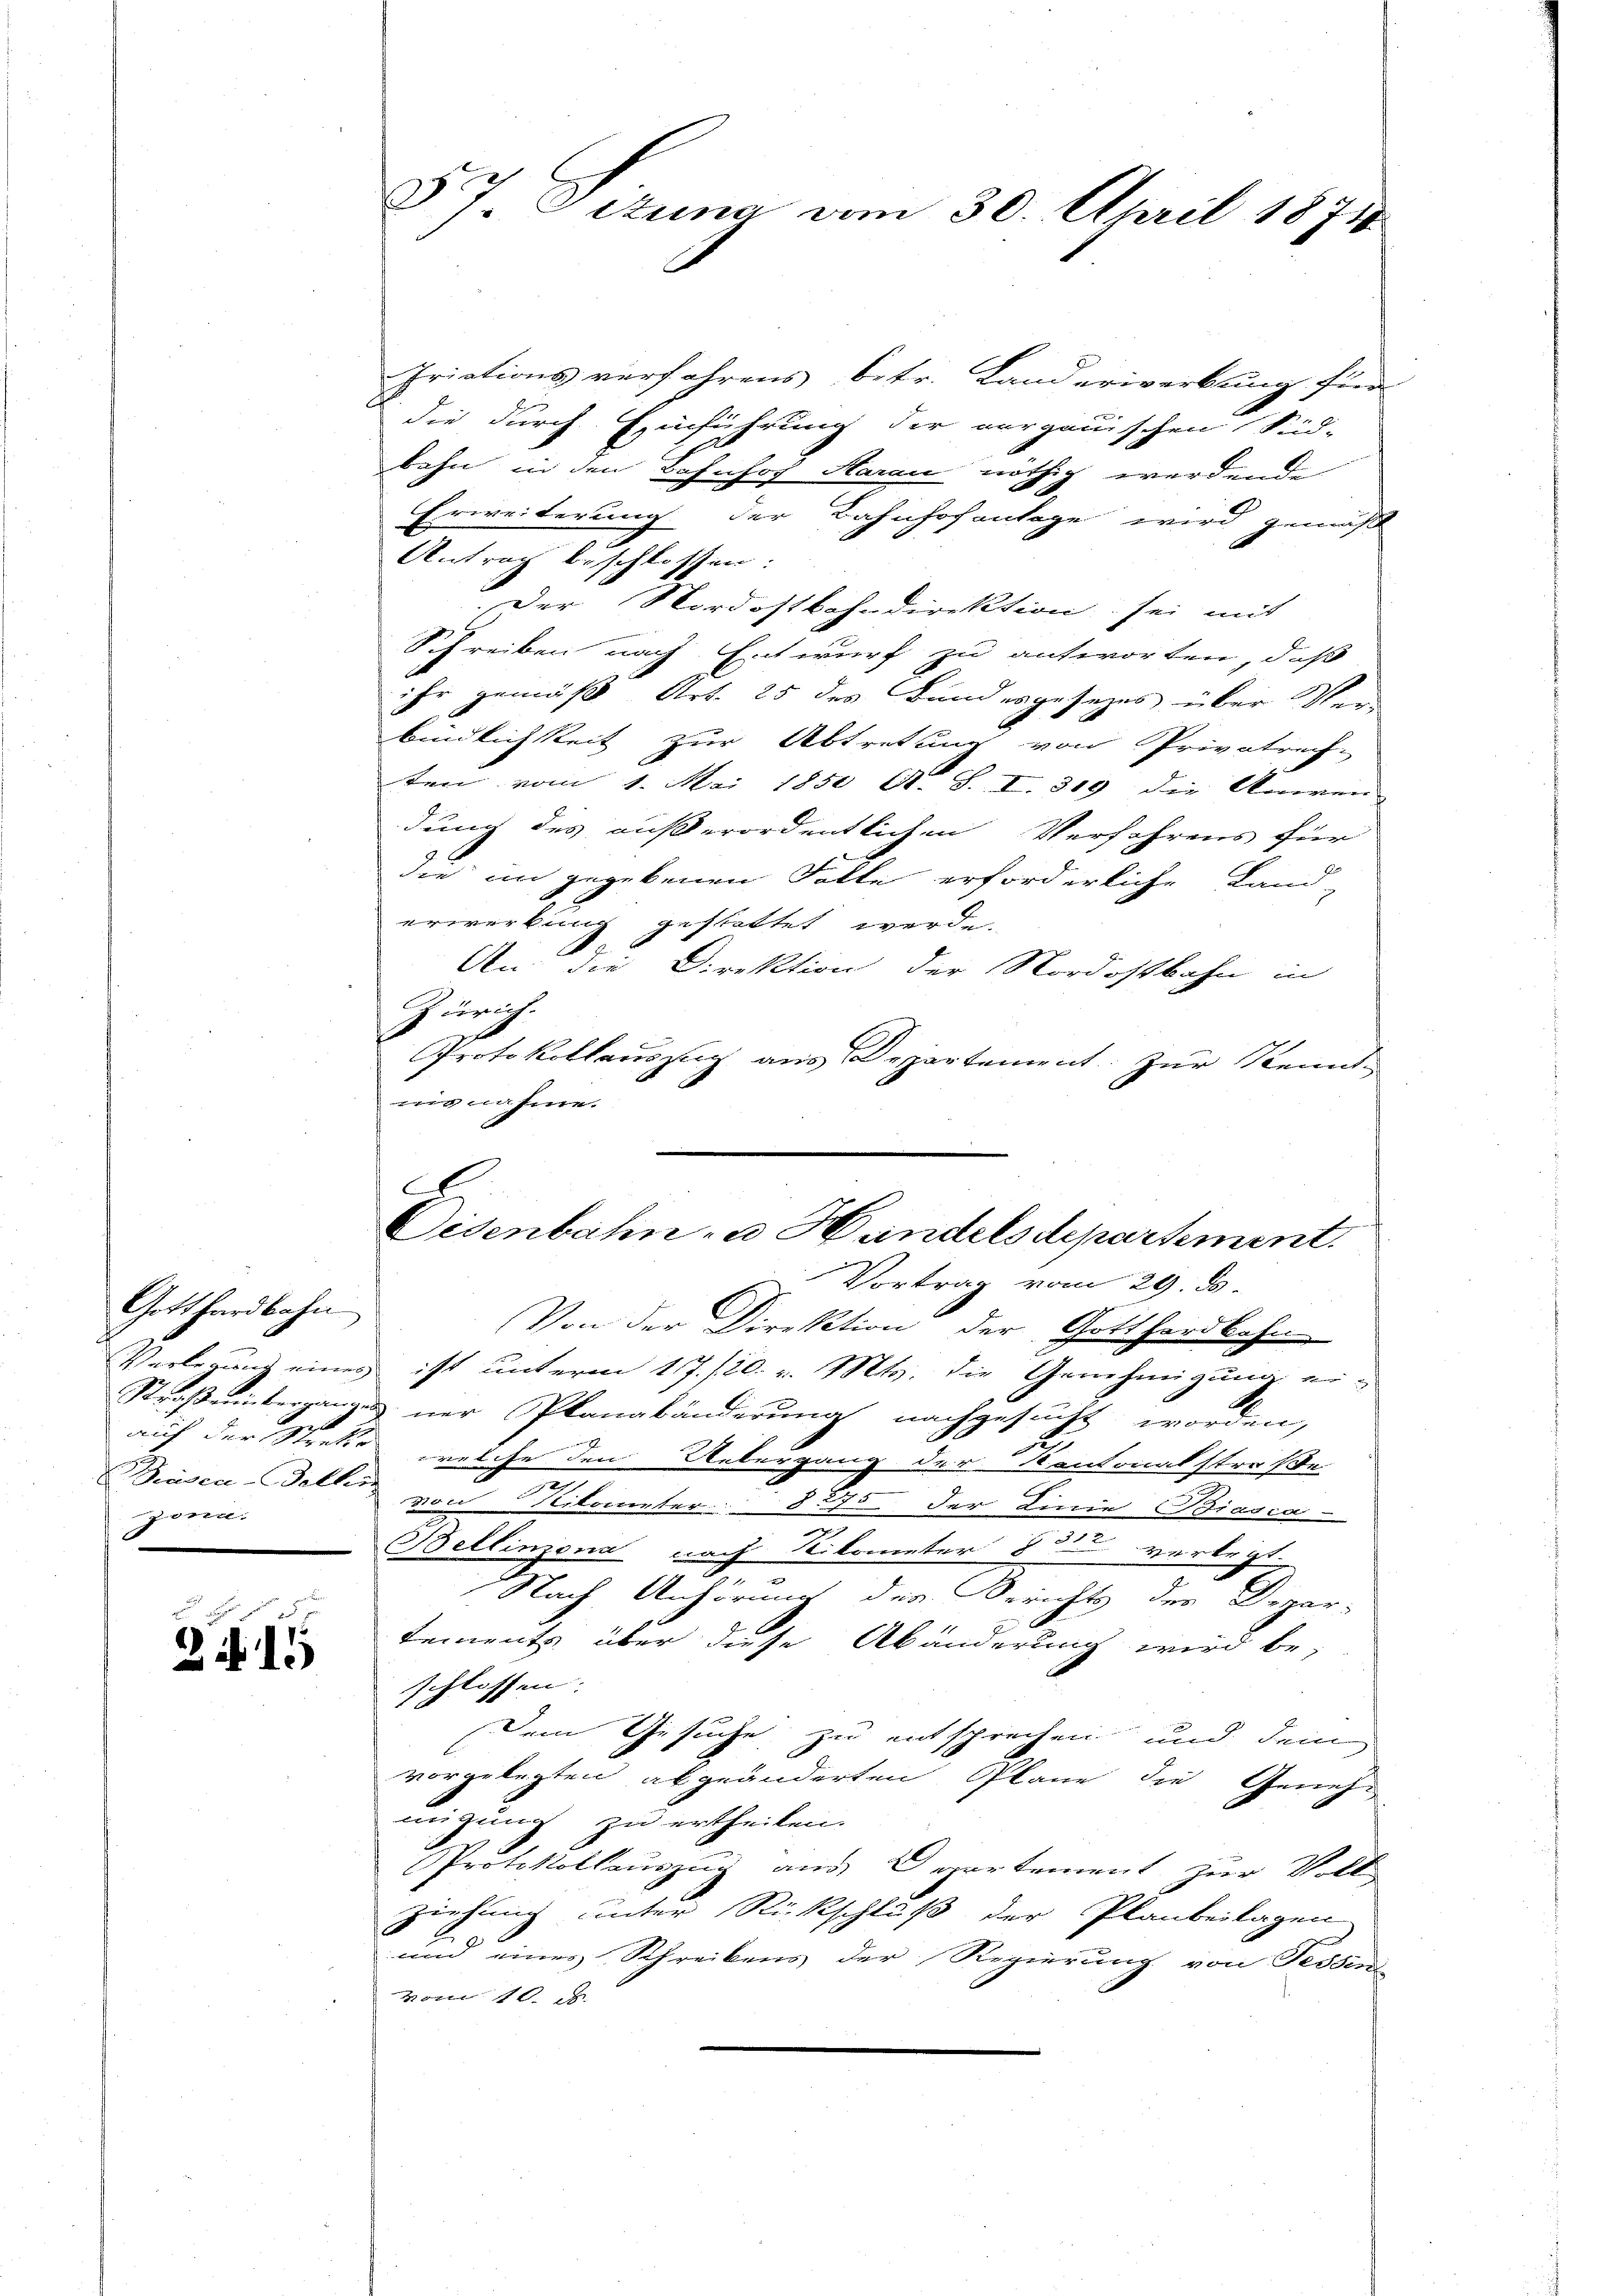
Gotthardbahn
Straßerintergang
auf der Strek
zonn.

21

§7 Dituna vom 30. April 1871

Iriations verfahrens betr. Landerwerbung für
die durch Einführung der verganischen Süd-
bahn in den Bahnhof Haran nöthig werdende
Erweiterung der Bahnhofanlage wird gemäß
Antrag beschlossen:
Der Nordostbahndirektion sei mit
Schreiben nach Entwurf zu antworten, daß
ihr gemäß Art. 25 des Bundesgesezes über Ver-
bindlichkeit zur Abtretung von Privatrech-
ten vom 1. Mai 1850 A. S. I. 319 die Aniren
dung des außerordentlichen Verfahrens für
die in gegebenen Falle erforderliche Land-
erwerkung gestattet werde.
An die Direktion der Nordostbahn in
Zürich.
Protokollauszug aus Departement. Zur Kenntugnahme.
Vortrag vom 29. ds.
Von der Direktion der Gotthardbahn
Verlegung einer ist unterm 17./20. v. Mts. die Genehmigung eidner Planabänderung nachgesucht worden,
 welche den Uebergang der Kantonalstraße
2
7
Biasca-Belle von Militer: 875 der Linie Biasca-
Bellinzona nach Kilometer 832 verlegt.
.
Nach Anhörung der Berichts der Depar-
tements über diese Abänderung wird be-
schlossen. |
Dem Gesuche zu entsprechen und dem
vorgelegten abgeänderten Plane die Geneh-
migung zu ertheilen.
Protokollauszug aus Departement zur Voll
ziehung unter Rückschluß der Planbeilagen
und eines Schreibens der Regierung von Fessen-
vom 10. d.

E
Oesenbahn- u. Handelsdepartement.